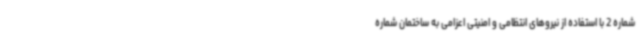
شماره 2 با استفاده از نیروهای انتظامی و امنیتی اعزامی به ساختمان شماره